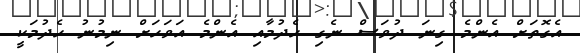
އެގޮތަށް އެންމެ ގިނަ ދުވަސް ނެގި ހެދުމާއި އެންމެ އަވަހަށް ނިމުނު ހެދުމަކީ